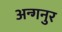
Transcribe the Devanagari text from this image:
अन्गनुर